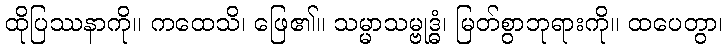
ထိုပြဿနာကို။ ကထေသိ၊ ဖြေ၏။ သမ္မာသမ္ဗုဒ္ဓံ၊ မြတ်စွာဘုရားကို။ ထပေတွာ၊